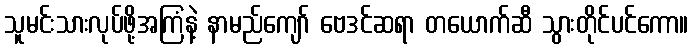
သူမင်းသားလုပ်ဖို့အကြံနဲ့ နာမည်ကျော် ဗေဒင်ဆရာ တယောက်ဆီ သွားတိုင်ပင်ကော။